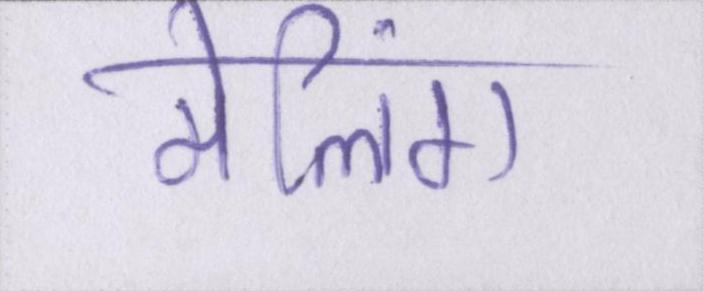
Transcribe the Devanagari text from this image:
मेलिंग